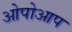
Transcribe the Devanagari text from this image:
ओपोआप